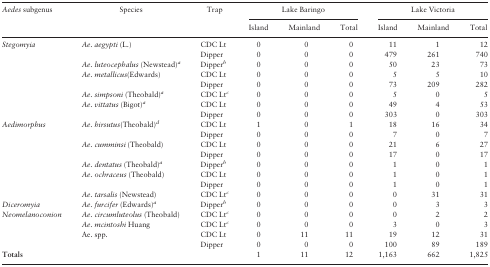
<table><thead><tr><td rowspan="2"><b><i>Aedes</i> subgenus</b></td><td rowspan="2"><b>Species</b></td><td rowspan="2"><b>Trap</b></td><td colspan="3"><b>Lake Baringo</b></td><td colspan="3"><b>Lake Victoria</b></td></tr><tr><td><b>Island</b></td><td><b>Mainland</b></td><td><b>Total</b></td><td><b>Island</b></td><td><b>Mainland</b></td><td><b>Total</b></td></tr></thead><tbody><tr><td rowspan="8"><i>Stegomyia</i></td><td rowspan="2"><i>Ae. aegypti</i> (L.)</td><td>CDC Lt</td><td>0</td><td>0</td><td>0</td><td>11</td><td>1</td><td>12</td></tr><tr><td>Dipper</td><td>0</td><td>0</td><td>0</td><td>479</td><td>261</td><td>740</td></tr><tr><td><i>Ae. luteocephalus</i> (Newstead)<i><sup>a</sup></i></td><td>Dipper<i><sup>b</sup></i></td><td>0</td><td>0</td><td>0</td><td>50</td><td>23</td><td>73</td></tr><tr><td rowspan="2"><i>Ae. metallicus</i>(Edwards)</td><td>CDC Lt</td><td>0</td><td>0</td><td>0</td><td>5</td><td>5</td><td>10</td></tr><tr><td>Dipper</td><td>0</td><td>0</td><td>0</td><td>73</td><td>209</td><td>282</td></tr><tr><td><i>Ae. simpsoni</i> (Theobald)<i><sup>a</sup></i></td><td>CDC Lt<i><sup>c</sup></i></td><td>0</td><td>0</td><td>0</td><td>5</td><td>0</td><td>5</td></tr><tr><td rowspan="2"><i>Ae. vittatus</i> (Bigot)<i><sup>a</sup></i></td><td>CDC Lt</td><td>0</td><td>0</td><td>0</td><td>49</td><td>4</td><td>53</td></tr><tr><td>Dipper</td><td>0</td><td>0</td><td>0</td><td>303</td><td>0</td><td>303</td></tr><tr><td rowspan="8"><i>Aedimorphus</i></td><td rowspan="2"><i>Ae. hirsutus</i>(Theobald)<i><sup>d</sup></i></td><td>CDC Lt</td><td>1</td><td>0</td><td>1</td><td>18</td><td>16</td><td>34</td></tr><tr><td>Dipper</td><td>0</td><td>0</td><td>0</td><td>7</td><td>0</td><td>7</td></tr><tr><td rowspan="2"><i>Ae. cumminsi</i> (Theobald)</td><td>CDC Lt</td><td>0</td><td>0</td><td>0</td><td>21</td><td>6</td><td>27</td></tr><tr><td>Dipper</td><td>0</td><td>0</td><td>0</td><td>17</td><td>0</td><td>17</td></tr><tr><td><i>Ae. dentatus</i> (Theobald)<i><sup>a</sup></i></td><td>Dipper<i><sup>b</sup></i></td><td>0</td><td>0</td><td>0</td><td>1</td><td>0</td><td>1</td></tr><tr><td rowspan="2"><i>Ae. ochraceus</i> (Theobald)</td><td>CDC Lt</td><td>0</td><td>0</td><td>0</td><td>1</td><td>0</td><td>1</td></tr><tr><td>Dipper</td><td>0</td><td>0</td><td>0</td><td>1</td><td>0</td><td>1</td></tr><tr><td><i>Ae. tarsalis</i> (Newstead)</td><td>CDC Lt<i><sup>c</sup></i></td><td>0</td><td>0</td><td>0</td><td>0</td><td>31</td><td>31</td></tr><tr><td><i>Diceromyia</i></td><td><i>Ae. furcifer</i> (Edwards)<i><sup>a</sup></i></td><td>Dipper<i><sup>b</sup></i></td><td>0</td><td>0</td><td>0</td><td>0</td><td>3</td><td>3</td></tr><tr><td rowspan="2"><i>Neomelanoconion</i></td><td><i>Ae. circumluteolus</i> (Theobald)</td><td>CDC Lt<i><sup>c</sup></i></td><td>0</td><td>0</td><td>0</td><td>0</td><td>2</td><td>2</td></tr><tr><td><i>Ae. mcintoshi</i> Huang</td><td>CDC Lt<i><sup>c</sup></i></td><td>0</td><td>0</td><td>0</td><td>3</td><td>0</td><td>3</td></tr><tr><td rowspan="2"></td><td rowspan="2">Ae. spp.</td><td>CDC Lt</td><td>0</td><td>11</td><td>11</td><td>19</td><td>12</td><td>31</td></tr><tr><td>Dipper</td><td>0</td><td>0</td><td>0</td><td>100</td><td>89</td><td>189</td></tr><tr><td colspan="3"><b>Totals</b></td><td>1</td><td>11</td><td>12</td><td>1,163</td><td>662</td><td>1,825</td></tr></tbody></table>